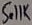
Text: 5.11K